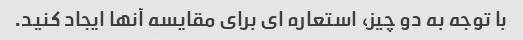
با توجه به دو چیز، استعاره ای برای مقایسه آنها ایجاد کنید.